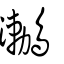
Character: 𪆟